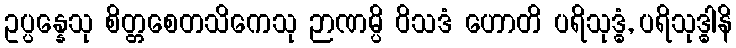
ဥပ္ပန္နေသု စိတ္တစေတသိကေသု ဉာဏမ္ပိ ဝိသဒံ ဟောတိ ပရိသုဒ္ဓံ, ပရိသုဒ္ဓါနိ